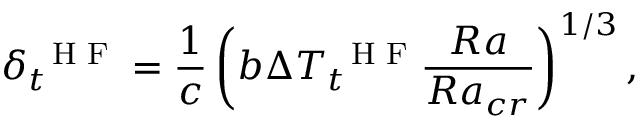
\delta _ { t } ^ { \mathrm { ~ \scriptsize ~ H ~ F ~ } } = \frac { 1 } { c } \left( b \Delta T _ { t } ^ { \mathrm { ~ \scriptsize ~ H ~ F ~ } } \frac { R a } { R a _ { c r } } \right) ^ { 1 / 3 } ,